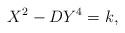
LaTeX: \begin{align*}X^2 - D Y^4 = k,\end{align*}